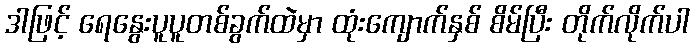
ဒါဖြင့် ရေနွေးပူပူတစ်ခွက်ထဲမှာ ထုံးကျောက်နှစ် စိမ်ပြီး တိုက်လိုက်ပါ